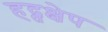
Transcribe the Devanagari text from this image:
हद्तक्षेप